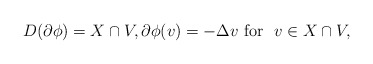
\begin{align*}D(\partial \phi)= X \cap V,\partial \phi(v)= -\Delta v\mbox{ for } \ v\in X\cap V,\end{align*}